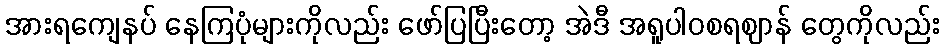
အားရကျေနပ် နေကြပုံများကိုလည်း ဖော်ပြပြီးတော့ အဲဒီ အရူပါဝစရဈာန် တွေကိုလည်း